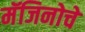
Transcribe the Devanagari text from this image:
मॅजिनोचे